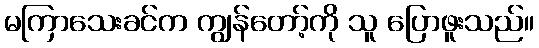
မကြာသေးခင်က ကျွန်တော့်ကို သူ ပြောဖူးသည်။